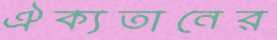
ঐক্যতানের